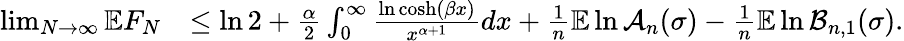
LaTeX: \begin{array}{rl}{\operatorname*{lim}_{N\to\infty}\mathbb EF_{N}}&{\leq\ln 2+\frac{\alpha}{2}\int_{0}^{\infty}\frac{\ln\cosh(\beta x)}{x^{\alpha+1}}dx+\frac{1}{n}\mathbb E\ln\mathcal{A}_{n}(\sigma)-\frac{1}{n}\mathbb E\ln\mathcal{B}_{n,1}(\sigma).}\end{array}